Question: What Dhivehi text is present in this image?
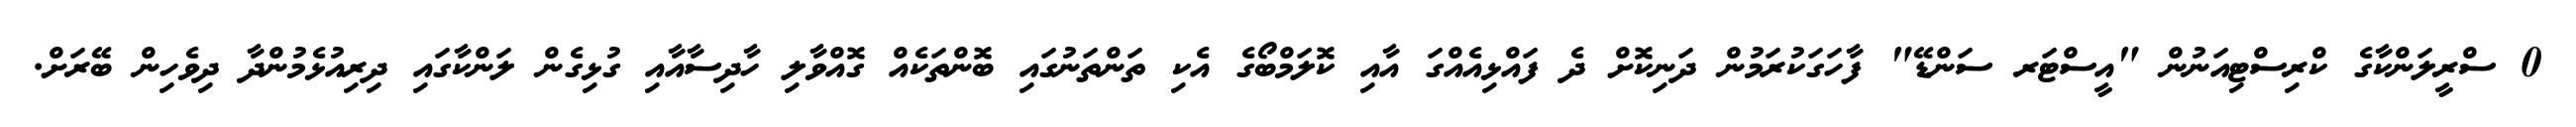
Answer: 0 ސްރީލަންކާގެ ކްރިސްޓިއަނުން "އީސްޓަރ ސަންޑޭ" ފާހަގަކުރަމުން ދަނިކޮށް ދެ ފައްޅިއެއްގަ އާއި ކޮލަމްބޯގެ އެކި ތަންތަނުގައި ބޮންތަކެއް ގޮއްވާލި ހާދިސާއާއި ގުޅިގެން ލަންކާގައި ދިރިއުޅެމުންދާ ދިވެހިން ބޭރަށް.